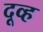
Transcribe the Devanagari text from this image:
दूव्ह